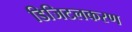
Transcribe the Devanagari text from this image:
डिजिटलकरण